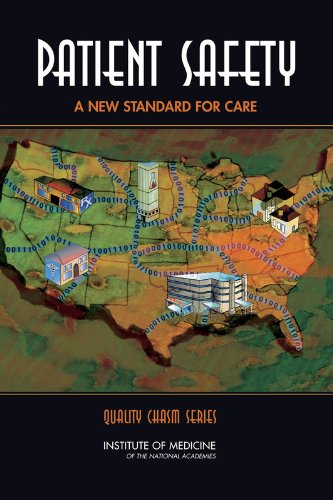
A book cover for Patient Safety:: Achieving a New Standard for Care (Quality Chasm); Committee on Data Standards for Patient Safety; Medical Books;